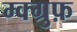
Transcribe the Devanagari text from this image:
म्क्ग्रुफ़